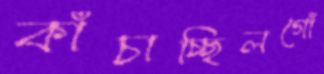
কাঁচাচ্ছিলগোঁ